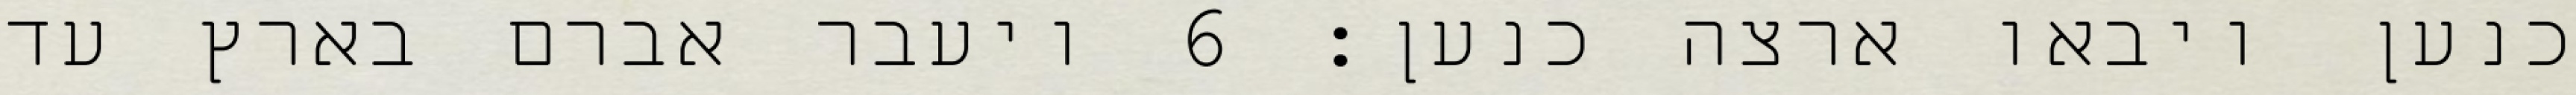
כנען ויבאו ארצה כנען׃ ‎6‏ ויעבר אברם בארץ עד